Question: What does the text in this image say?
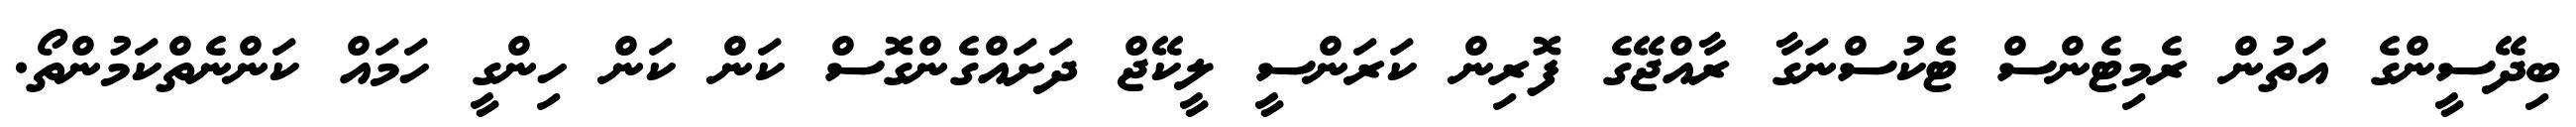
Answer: ބިދޭސީންގެ އަތުން ރެމިޓެންސް ޓެކުސްނަގާ ރާއްޖޭގެ ފޮރިން ކަރަންސީ ލީކޭޖް ދަށައްގެންގޮސް ކަން ކަން ހިންގީ ހަމައް ކަންނެތްކަމުންތޯ.